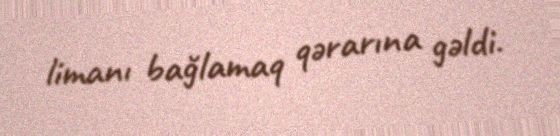
limanı bağlamaq qərarına gəldi.